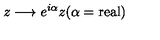
z \longrightarrow e ^ { i \alpha } z ( \alpha = \mathrm { r e a l } )